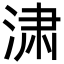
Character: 㴋